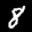
Label: 8